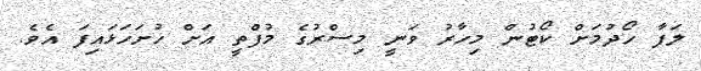
ލަފާ ހޯދުމަށް ކޯޓުން މިހާރު ވަނީ މިސްރުގެ މުފްތީ އަށް ހުށަހަޅައިފަ އެވެ.